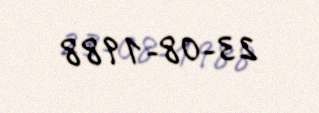
23-08-1988